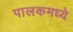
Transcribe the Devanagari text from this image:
पालकमध्ये